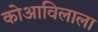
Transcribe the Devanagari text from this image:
कोआविलाला